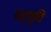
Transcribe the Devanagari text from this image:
महायुति